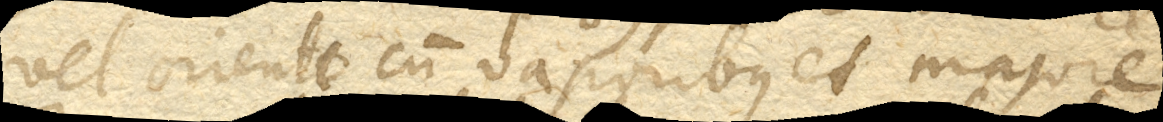
vel oriente cum vaporibus et majore